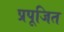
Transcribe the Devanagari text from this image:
प्रपूजित